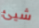
شيئ